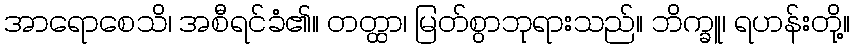
အာရောစေသိ၊ အစီရင်ခံ၏။ တတ္ထာ၊ မြတ်စွာဘုရားသည်။ ဘိက္ခူ၊ ရဟန်းတို့။